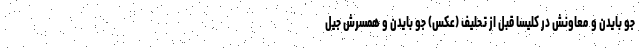
جو بایدن و معاونش در کلیسا قبل از تحلیف (عکس) جو بایدن و همسرش جیل